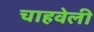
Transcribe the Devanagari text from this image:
चाहवेली